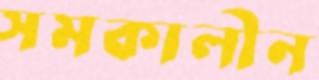
সমকালীন